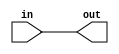
/*
*   Introduction to FPGA and Verilog
*
*   Viktor Prutyanov, 2019
*
*   Problem set #00
*/

module pset00_test(
    input wire in,

    output wire out
);

assign out = in;

endmodule